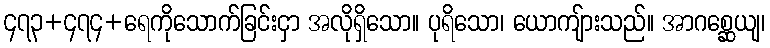
၄၇၃+၄၇၄+ရေကိုသောက်ခြင်းငှာ အလိုရှိသော။ ပုရိသော၊ ယောကျ်ားသည်။ အာဂစ္ဆေယျ၊